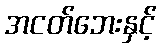
အငတ်ဘေးနှင့်